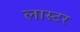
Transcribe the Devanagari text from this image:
लास्टर